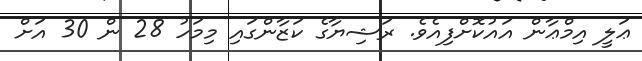
ޢަލީ އިމްޢާން އައުކޮށްފިއެވެ. ރަޝިޔާގެ ކަޒާންގައި މިމަހު 28 ން 30 އަށް